Vaccination in Bombay 1924-1928 - 1924-1928
Year: 1924
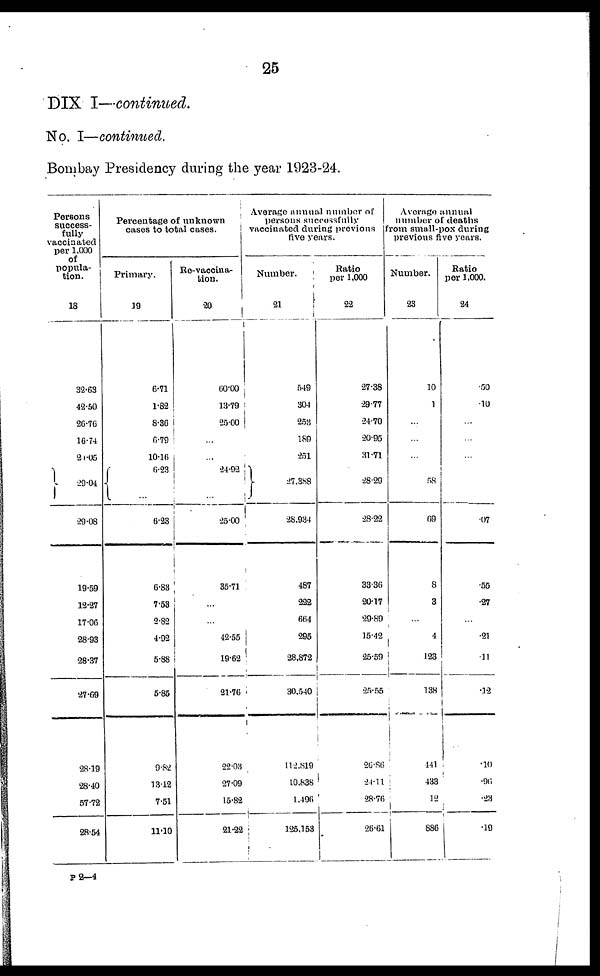
25
DIX I—continued.
No. I—continued.
Bombay Presidency during the year 1923-24.
Persons
success-
fully
vaccinated
per 1,000
of
popula-
tion.
18
32.63
42.50
26.76
16.74
21.05
20.04
29.08
19.59
12.27
17.06
28.93
28.37
27.69
28.19
28.40
57.72
28.54
Percentage of unknown
cases to total cases.
Primary.
19
6.71
1.82
8.36
6.79
10.16
...
...
6.23
6.83
7.53
2.82
4.92
5.88
5.85
9.82
13.12
7.51
11.10
Re-vaccina-
tion.
20
60.00
13.79
25.00
...
...
24.92
...
25.00
35.71
...
...
42.55
19.62
21.76
22.03
27.09
15.82
21.22
Average annual number of
persons successfully
vaccinated during previous
five years.
Number.
21
549
304
253
189
251
27,388
28,934
487
222
664
295
28,872
30.540
112,819
10,838
1,496
125,153
Ratio
per 1,000
22
27.38
29.77
24.70
20.95
31.71
28.29
28.22
33.36
20.17
29.89
15.42
25.59
25.55
26.86
24.11
28.76
26.61
Average annual
number of deaths
from small-pox during
previous five years.
Number.
23
10
1
...
...
...
58
69
8
3
...
4
123
138
441
433
12
886
Ratio
per 1,000.
24
.50
.10
...
...
...
.07
.55
.27
...
.21
.11
.12
.10
.96
.23
.19
P 2—4